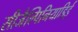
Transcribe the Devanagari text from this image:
सीजैल्पिनियाडिई